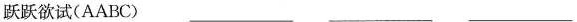
跃跃欲试(AABC) ___ ___ ___